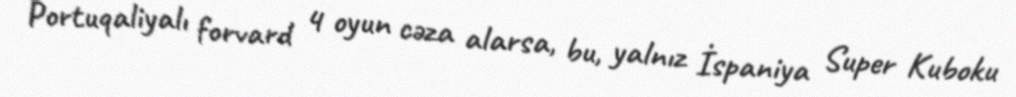
Portuqaliyalı forvard 4 oyun cəza alarsa, bu, yalnız İspaniya Super Kuboku